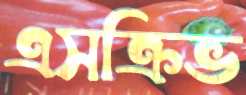
এসক্রিভ